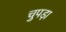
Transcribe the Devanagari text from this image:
चुपड़ा